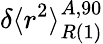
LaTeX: \delta\langle r^{2}\rangle_{R\mathrm{(1)}}^{A,90}